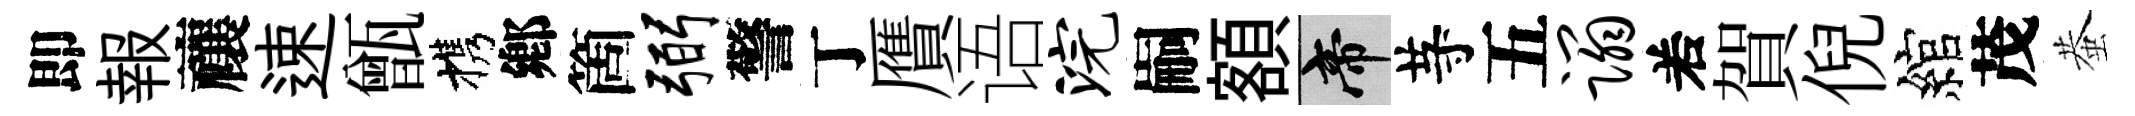
即報禳速甑携鄕箇弼警丁贋语浣嗣額帝䒭五蹋𠰥賀倪綰茂蛬